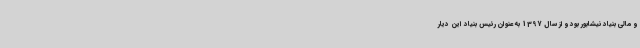
و مالی بنیاد نیشابور بود و از سال 1397 به عنوان رئیس بنیاد این دیار